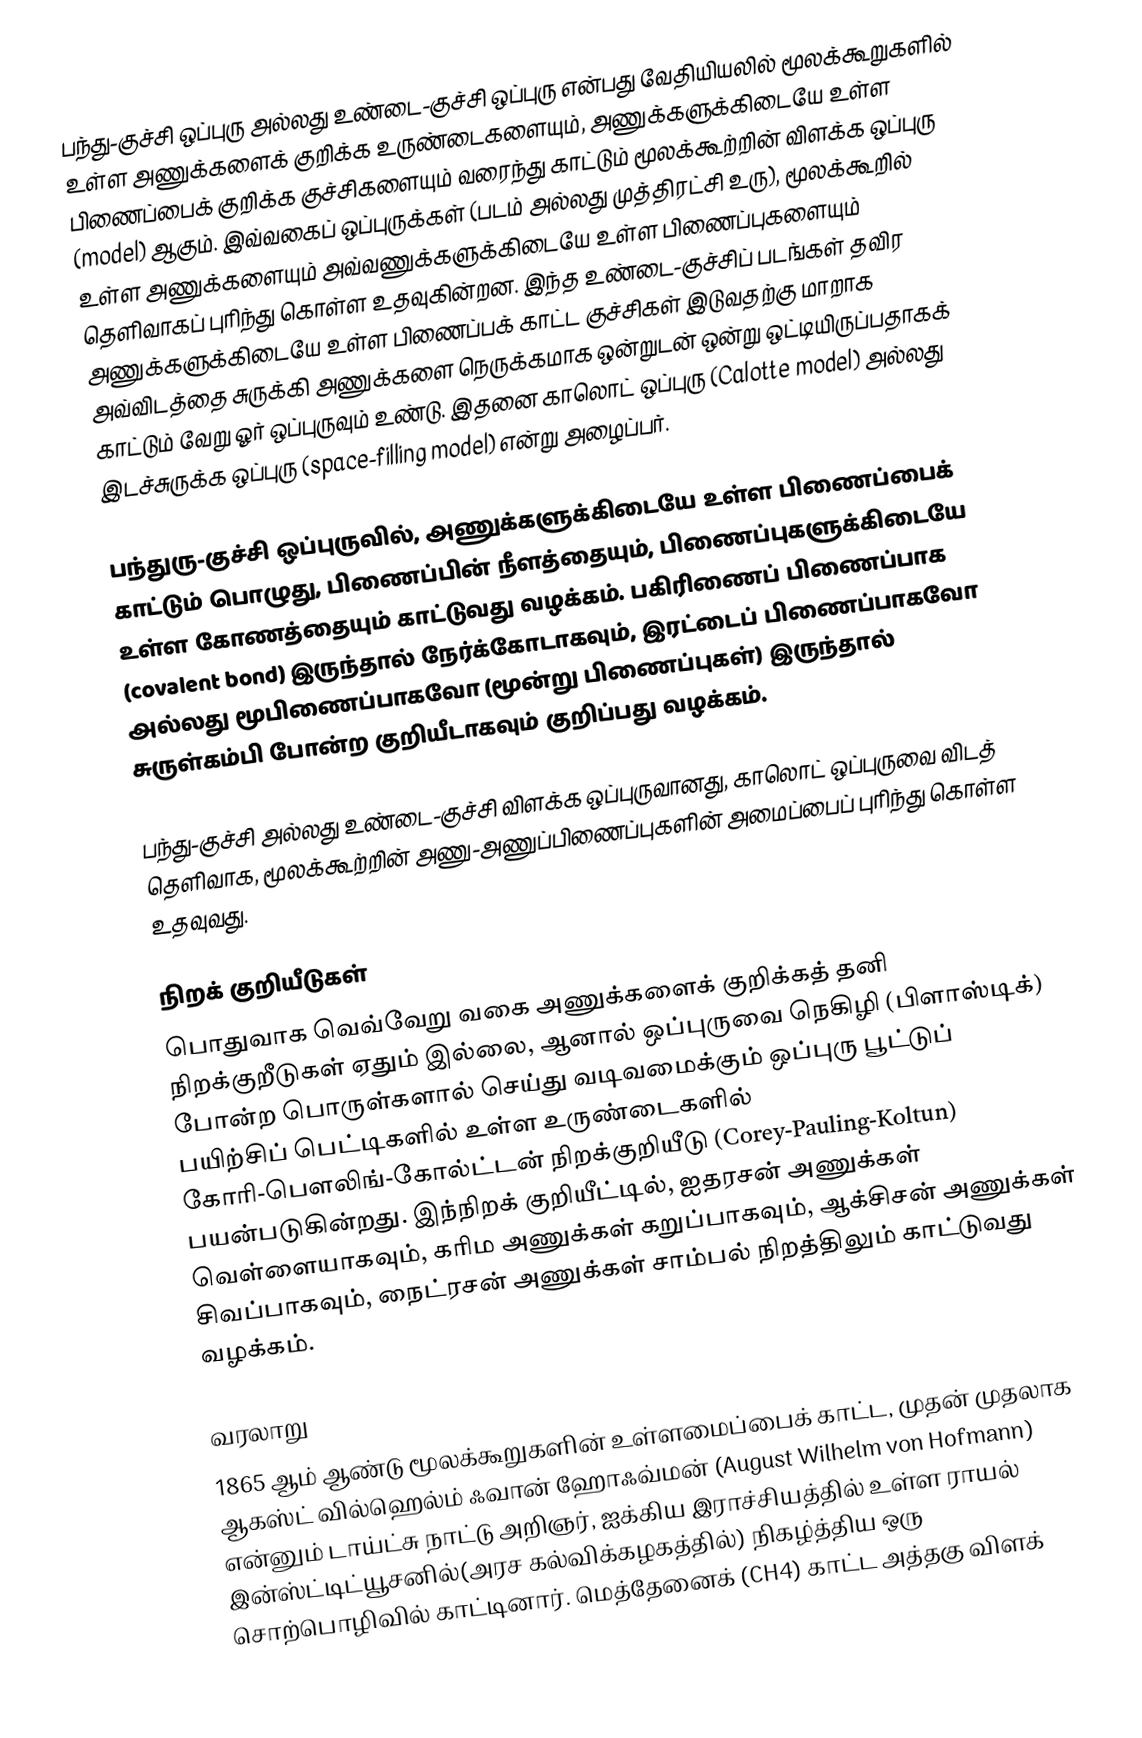
பந்து-குச்சி ஒப்புரு அல்லது உண்டை-குச்சி ஒப்புரு என்பது வேதியியலில் மூலக்கூறுகளில் உள்ள அணுக்களைக் குறிக்க உருண்டைகளையும், அணுக்களுக்கிடையே உள்ள பிணைப்பைக் குறிக்க குச்சிகளையும் வரைந்து காட்டும் மூலக்கூற்றின் விளக்க ஒப்புரு (model) ஆகும்.  இவ்வகைப் ஒப்புருக்கள் (படம் அல்லது முத்திரட்சி உரு), மூலக்கூறில் உள்ள அணுக்களையும் அவ்வணுக்களுக்கிடையே உள்ள பிணைப்புகளையும் தெளிவாகப் புரிந்து கொள்ள உதவுகின்றன. இந்த உண்டை-குச்சிப் படங்கள் தவிர அணுக்களுக்கிடையே உள்ள பிணைப்பக் காட்ட குச்சிகள் இடுவதற்கு மாறாக அவ்விடத்தை சுருக்கி அணுக்களை நெருக்கமாக ஒன்றுடன் ஒன்று ஒட்டியிருப்பதாகக் காட்டும் வேறு ஓர் ஒப்புருவும் உண்டு. இதனை காலொட் ஒப்புரு (Calotte model) அல்லது இடச்சுருக்க ஒப்புரு (space-filling model) என்று அழைப்பர்.

பந்துரு-குச்சி ஒப்புருவில், அணுக்களுக்கிடையே உள்ள பிணைப்பைக் காட்டும் பொழுது, பிணைப்பின் நீளத்தையும், பிணைப்புகளுக்கிடையே உள்ள கோணத்தையும் காட்டுவது வழக்கம். பகிரிணைப் பிணைப்பாக (covalent bond) இருந்தால் நேர்க்கோடாகவும், இரட்டைப் பிணைப்பாகவோ அல்லது மூபிணைப்பாகவோ (மூன்று பிணைப்புகள்) இருந்தால் சுருள்கம்பி போன்ற குறியீடாகவும் குறிப்பது வழக்கம்.

பந்து-குச்சி அல்லது உண்டை-குச்சி விளக்க ஒப்புருவானது, காலொட் ஒப்புருவை விடத் தெளிவாக, மூலக்கூற்றின் அணு-அணுப்பிணைப்புகளின் அமைப்பைப் புரிந்து கொள்ள உதவுவது.

நிறக் குறியீடுகள்
பொதுவாக வெவ்வேறு வகை அணுக்களைக் குறிக்கத் தனி நிறக்குறீடுகள் ஏதும் இல்லை, ஆனால் ஒப்புருவை நெகிழி (பிளாஸ்டிக்) போன்ற பொருள்களால் செய்து வடிவமைக்கும் ஒப்புரு பூட்டுப் பயிற்சிப் பெட்டிகளில் உள்ள உருண்டைகளில் கோரி-பௌலிங்-கோல்ட்டன் நிறக்குறியீடு (Corey-Pauling-Koltun) பயன்படுகின்றது. இந்நிறக் குறியீட்டில், ஐதரசன் அணுக்கள் வெள்ளையாகவும், கரிம அணுக்கள் கறுப்பாகவும், ஆக்சிசன் அணுக்கள் சிவப்பாகவும், நைட்ரசன் அணுக்கள் சாம்பல் நிறத்திலும் காட்டுவது வழக்கம்.

வரலாறு
1865 ஆம் ஆண்டு மூலக்கூறுகளின் உள்ளமைப்பைக் காட்ட,  முதன் முதலாக ஆகஸ்ட் வில்ஹெல்ம் ஃவான் ஹோஃவ்மன் (August Wilhelm von Hofmann) என்னும் டாய்ட்சு நாட்டு அறிஞர்,  ஐக்கிய இராச்சியத்தில் உள்ள ராயல் இன்ஸ்ட்டிட்யூசனில்(அரச கல்விக்கழகத்தில்)  நிகழ்த்திய ஒரு சொற்பொழிவில் காட்டினார். மெத்தேனைக் (CH4) காட்ட அத்தகு விளக்